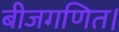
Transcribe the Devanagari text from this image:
बीजगणित।